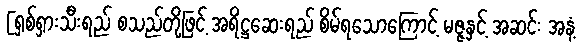
[ရှစ်ရှားသီးရည် စသည်တို့ဖြင့် အရိဋ္ဌဆေးရည် စိမ်ရသောကြောင့် မဇ္ဇနှင့် အဆင်း အနံ့